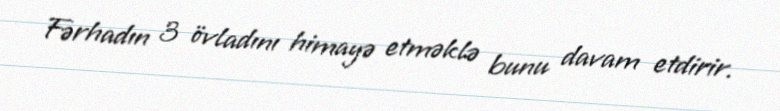
Fərhadın 3 övladını himayə etməklə bunu davam etdirir.